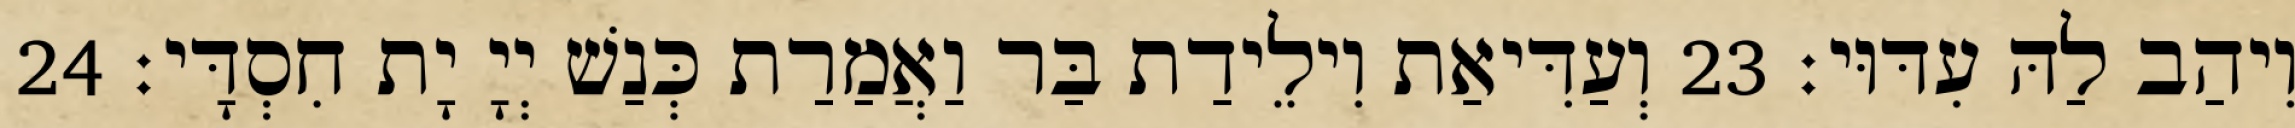
וִיהַב לַהּ עִדּוּי׃ 23 וְעַדִּיאַת וִילֵידַת בַּר וַאֲמַרַת כְּנַשׁ יְיָ יָת חִסְדָּי׃ 24